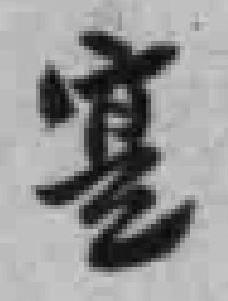
寔